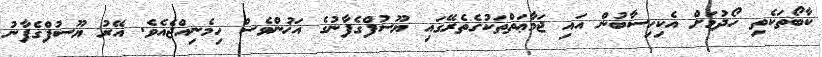
ކާބޯތަކެތި ހޯދުމަށް އެކިހިސާބުން އައި ޖަމާޢަތްތަކުގެތެރޭގައި ޔޫސުފްގެފާނުގެ އަޚުންވެސް ހިމެނިއްޖެއެވެ. އޭރު ޔޫސުފްގެފާނު